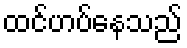
ထင်ဟပ်နေသည်